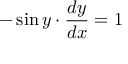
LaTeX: - \sin y \cdot { \frac { d y } { d x } } = 1